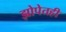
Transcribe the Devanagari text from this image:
झोपेतही